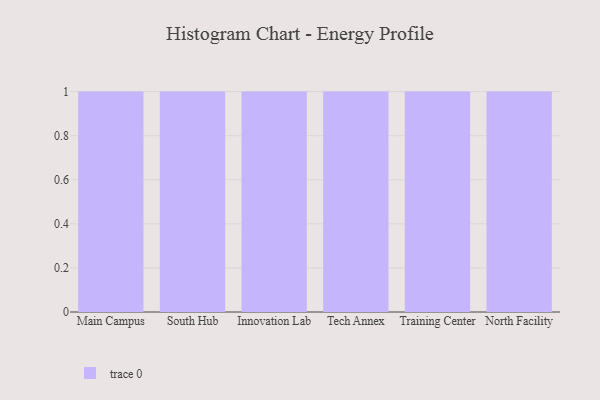
{"axis": {"x": "Campus", "y": "Temperature (°C)"}, "legend": [""], "data": [{"x": "Main Campus", "y": 78, "type": ""}, {"x": "South Hub", "y": 99, "type": ""}, {"x": "Innovation Lab", "y": 63, "type": ""}, {"x": "Tech Annex", "y": 25, "type": ""}, {"x": "Training Center", "y": 19, "type": ""}, {"x": "North Facility", "y": 23, "type": ""}]}